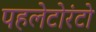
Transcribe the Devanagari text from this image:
पहलेटोरंटो